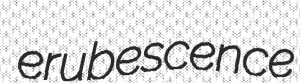
erubescence